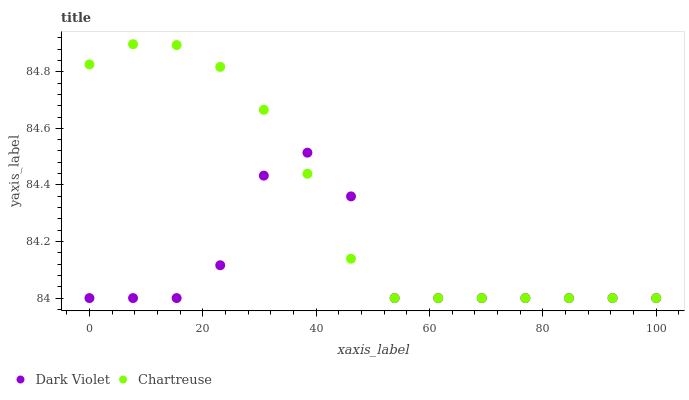
| xaxis_label | Dark Violet | Chartreuse |
 | --- | --- | --- |
 | 0 | 84 | 84.8 |
 | 7.69 | 84 | 84.9 |
 | 15.4 | 84 | 84.9 |
 | 23.1 | 84.1 | 84.8 |
 | 30.8 | 84.4 | 84.7 |
 | 38.5 | 84.5 | 84.4 |
 | 46.2 | 84.4 | 84.1 |
 | 53.8 | 84 | 84 |
 | 61.5 | 84 | 84 |
 | 69.2 | 84 | 84 |
 | 76.9 | 84 | 84 |
 | 84.6 | 84 | 84 |
 | 92.3 | 84 | 84 |
 | 100 | 84 | 84 |